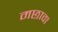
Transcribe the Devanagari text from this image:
मछावा